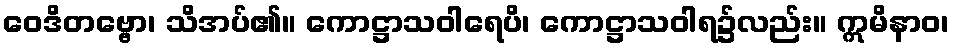
ဝေဒိတဗ္ဗော၊ သိအပ်၏။ ကောဋ္ဌာသဝါရေပိ၊ ကောဋ္ဌာသဝါရ၌လည်း။ ဣမိနာဝ၊